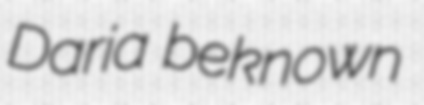
Daria beknown